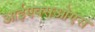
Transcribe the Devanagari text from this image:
आईएक्सओएस